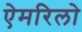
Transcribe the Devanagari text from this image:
ऐमरिलो